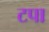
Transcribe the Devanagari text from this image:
टपा